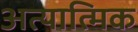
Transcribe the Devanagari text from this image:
अत्यात्मिक